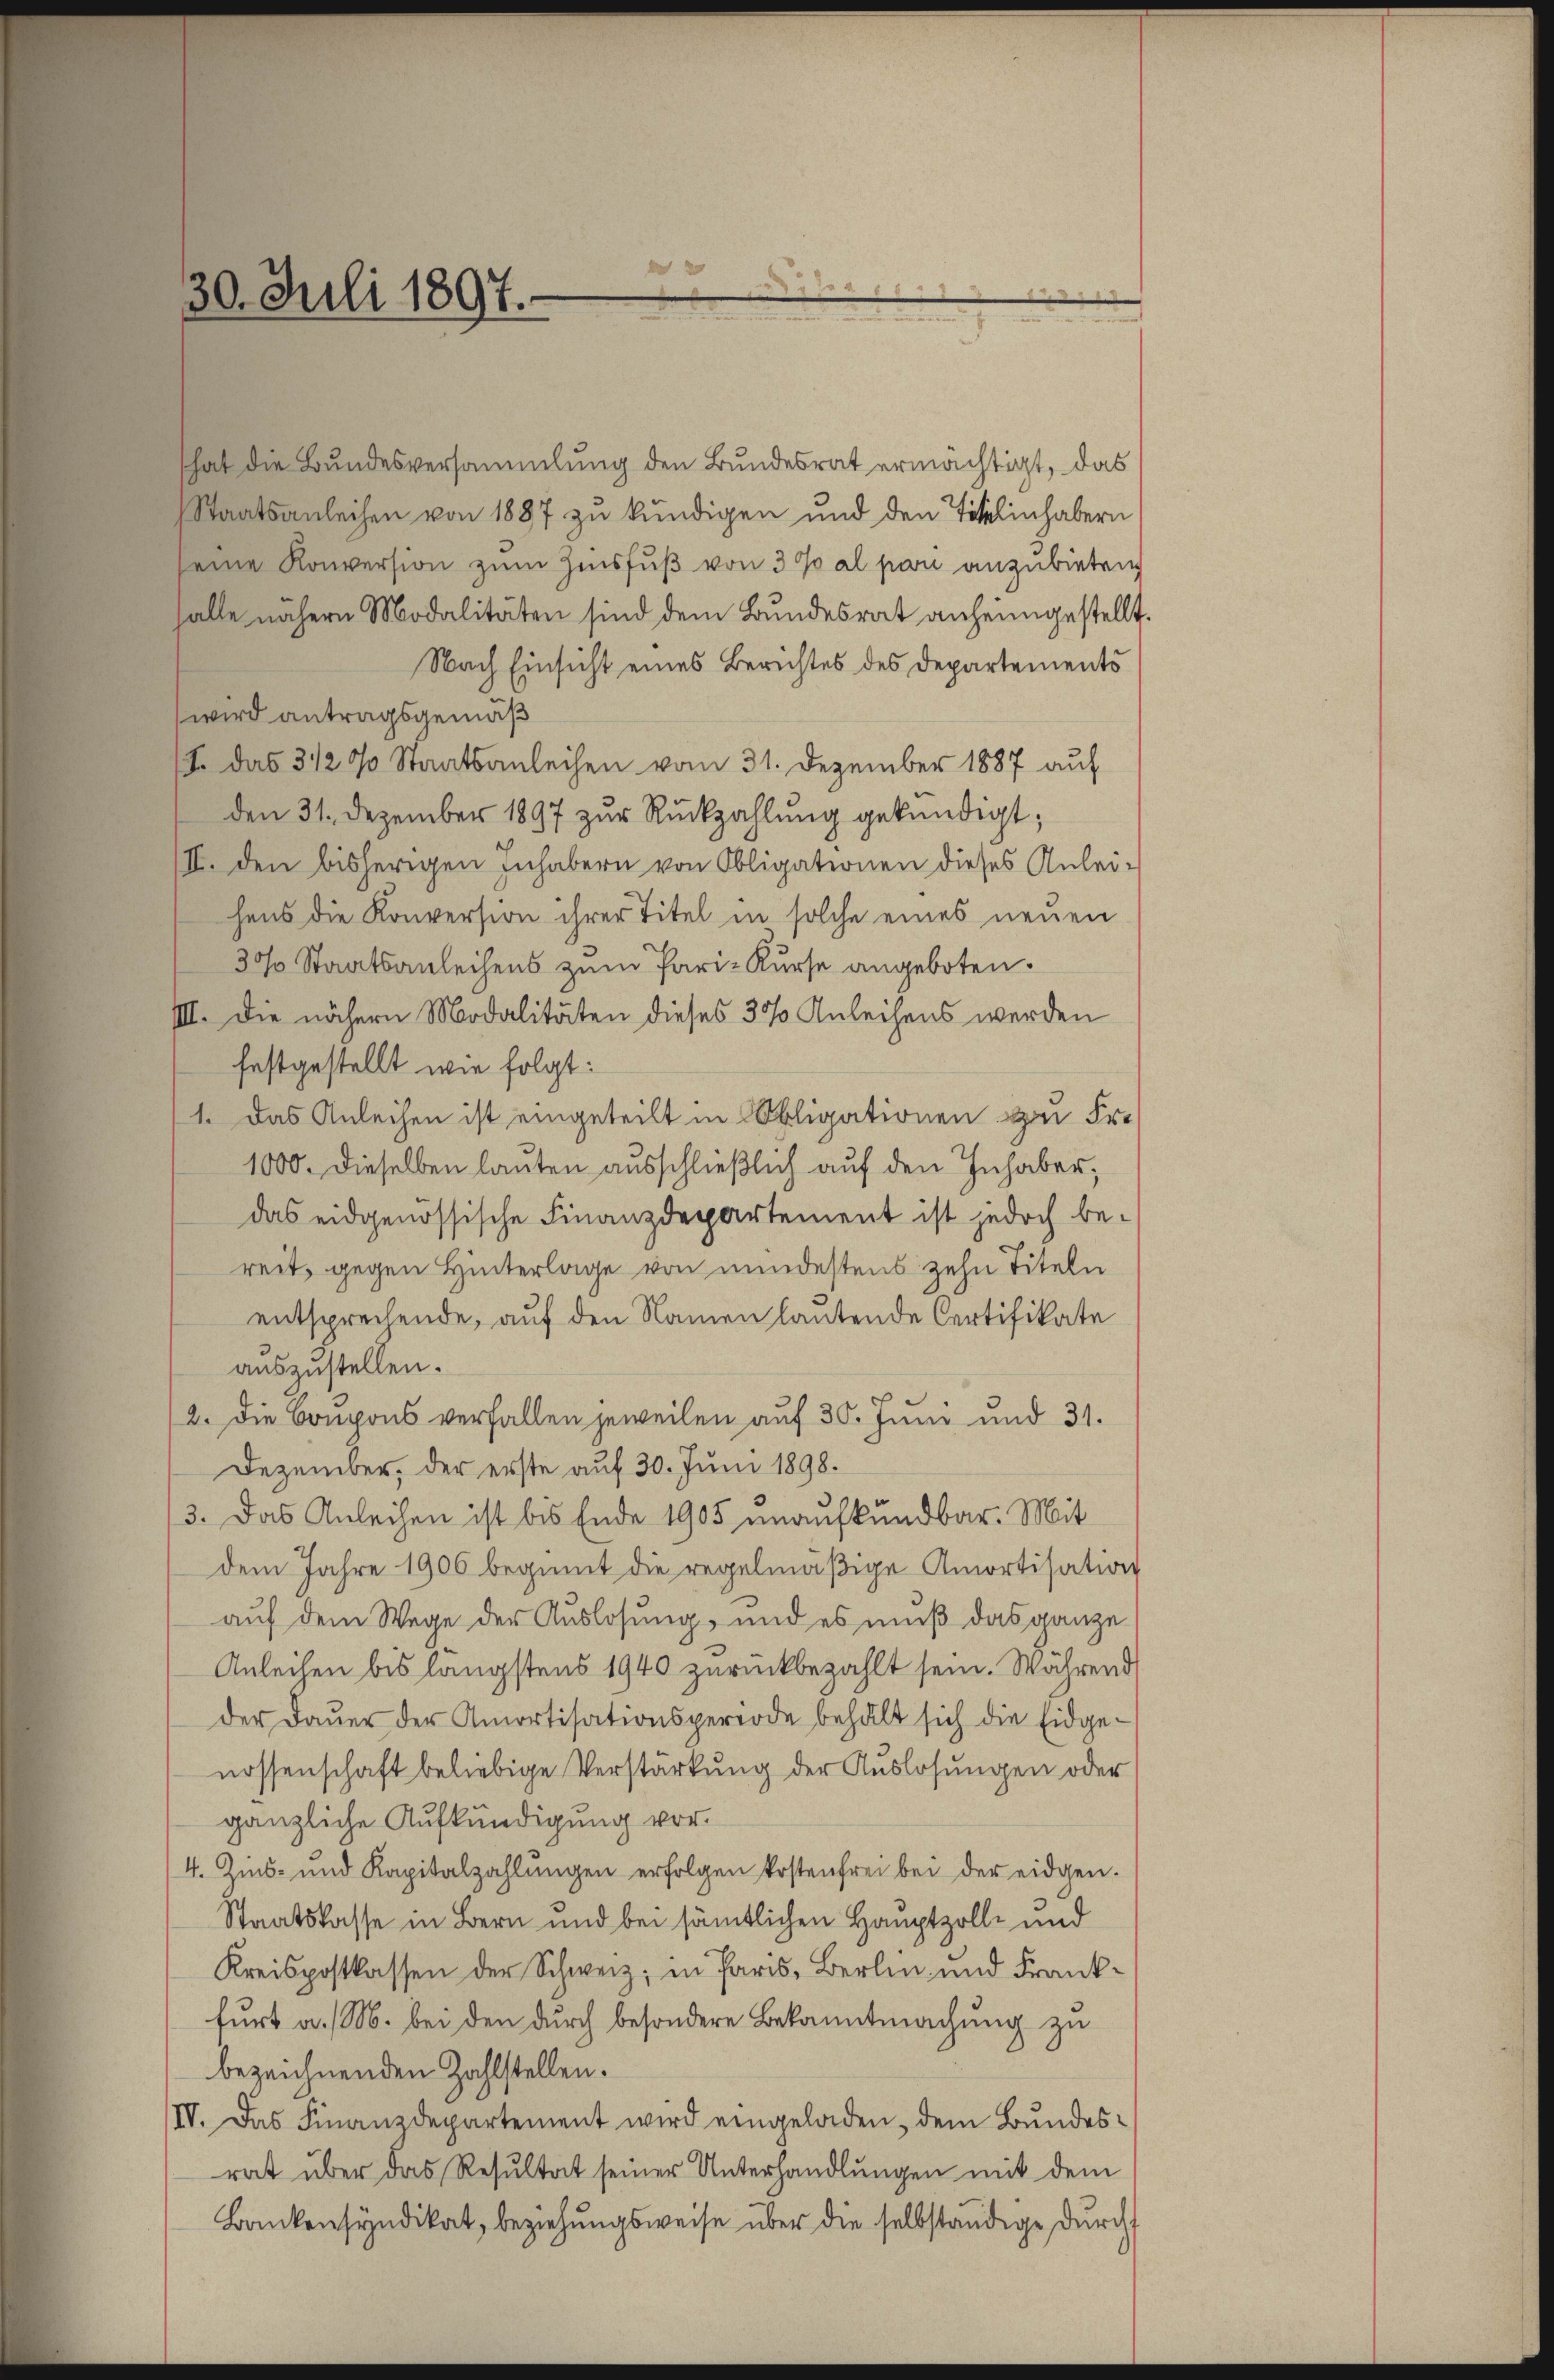
30. Juli 1897.

hat die Bundesversammlung den Bundesrat ermächtigt, das
Staatsanleihen von 1887 zu kündigen und den Titelinhabern
eine Konversion zum Zinsfuß von 3% al par anzubieten
halle nähern Modalitäten sind dem Bundesrat anheimgestellt.
Nach Einsicht eines Berichtes des Departements
wird antragsgemäß
S. das 31200 Staatsanleihen vom 31. Dezember 1887 auf
den 31. Dezember 1897 zur Rückzahlung gekündigt;
II. den bisherigen Inhabern von Obligationen dieses Anleihens die Konversion ihrer Titel in solche eines neuen
30% Staatsanleihens zum Pari-Kurse angeboten.
IIII. Die nähern Modalitäten dieses 30 Anleihens werden
festgestellt wie folgt:
1. Das Anleihen ist eingeteilt in Obligationen zu Fr.
1000. Dieselben lauten ausschließlich auf den Inhaber,
das eidgenössische Finanzdepartement ist jedoch be-
reit, gegen Hinterlage von mindestens zehn Titeln
entsprechende, auf den Namen lautende Certifikate
auszustellen.
2. Die Boupons verfallen jeweilen auf 30. Juni und 31.
Dezember, der erste auf 30. Juni 1898.
3. Das Anleihen ist bis Ende 1905 unaufkündbar. Mit
dem Jahre 1906 beginnt die regelmäßige Amortisation
auf dem Wege der Auslosung, und es muß das ganze
Anleihen bis längstens 1940 zurückbezahlt sein. Während
der Dauer der Amortisationsperiode behält sich die Eidgenossenschaft beliebige Verstärkung der Auslosungen oder
gänzliche Aufkündigung vor.
4. Zins- und Kapitalzahlŭngen erfolgen kostenfrei bei der eidgen.
Staatskasse in Bern und bei sämtlichen Hauptzolle und
Kreispostkassen der Schweiz, in Paris, Berlin und Frank-
furt a. M. bei den durch besondere Bekanntmachung zu
bezeichnenden Zahlstellen.
IV. Das Finanzdepartement wird eingeladen, dem Bundesrat über das Resultat seiner Unterhandlungen mit dem
Bankensyndikat, beziehungsweise über die selbständige durch